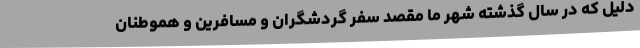
دلیل که در سال گذشته شهر ما مقصد سفر گردشگران و مسافرین و هموطنان